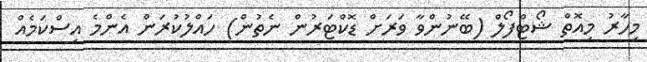
މިހާރު މިއޮތް ޝޯޓްފޯލް (ބޭނުންވާ ވަރަށް ޑޮކްޓަރުން ނެތުން) ހައްލުކުރަން އެންމެ އިސްކަމެއް